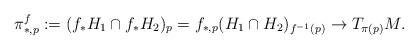
LaTeX: \begin{align*}\pi^f_{*,p}:= (f_* {H_1} \cap f_* {H_2})_{p}=f_{*,p}(H_1\cap H_2)_{f^{-1}(p)}\to T_{\pi(p)} M.\end{align*}